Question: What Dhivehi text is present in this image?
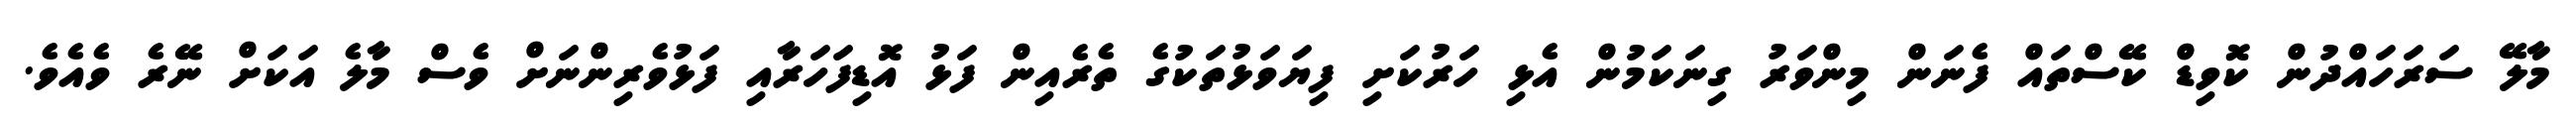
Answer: މާލޭ ސަރަހައްދުން ކޮވިޑް ކޭސްތައް ފެނަން މިންވަރު ގިނަކަމުން އެޅި ހަރުކަށި ފިޔަވަޅުތަކުގެ ތެރެއިން ފަޅު އޮޑިފަހަރާއި ފަޅުވެރިންނަށް ވެސް މާލެ އަކަށް ނޭރެ ވެއެވެ.